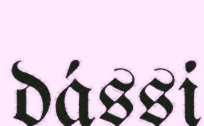
dássi